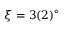
\xi = 3 ( 2 ) ^ { \circ }